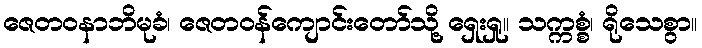
ဇေတဝနာဘိမုခံ၊ ဇေတဝန်ကျောင်းတော်သို့ ရှေးရှု။ သက္ကစ္စံ၊ ရိုသေစွာ။